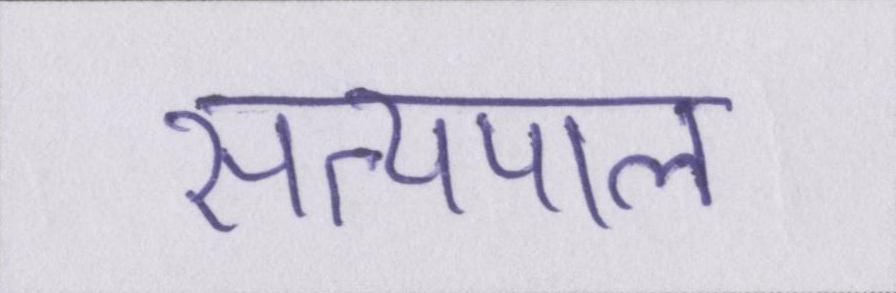
सत्यपाल